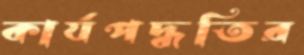
কার্যপদ্ধতির